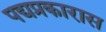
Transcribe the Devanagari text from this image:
पद्यप्रकारास